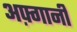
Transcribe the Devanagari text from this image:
अफ़्गानी